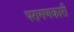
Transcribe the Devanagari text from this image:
परागणकारी